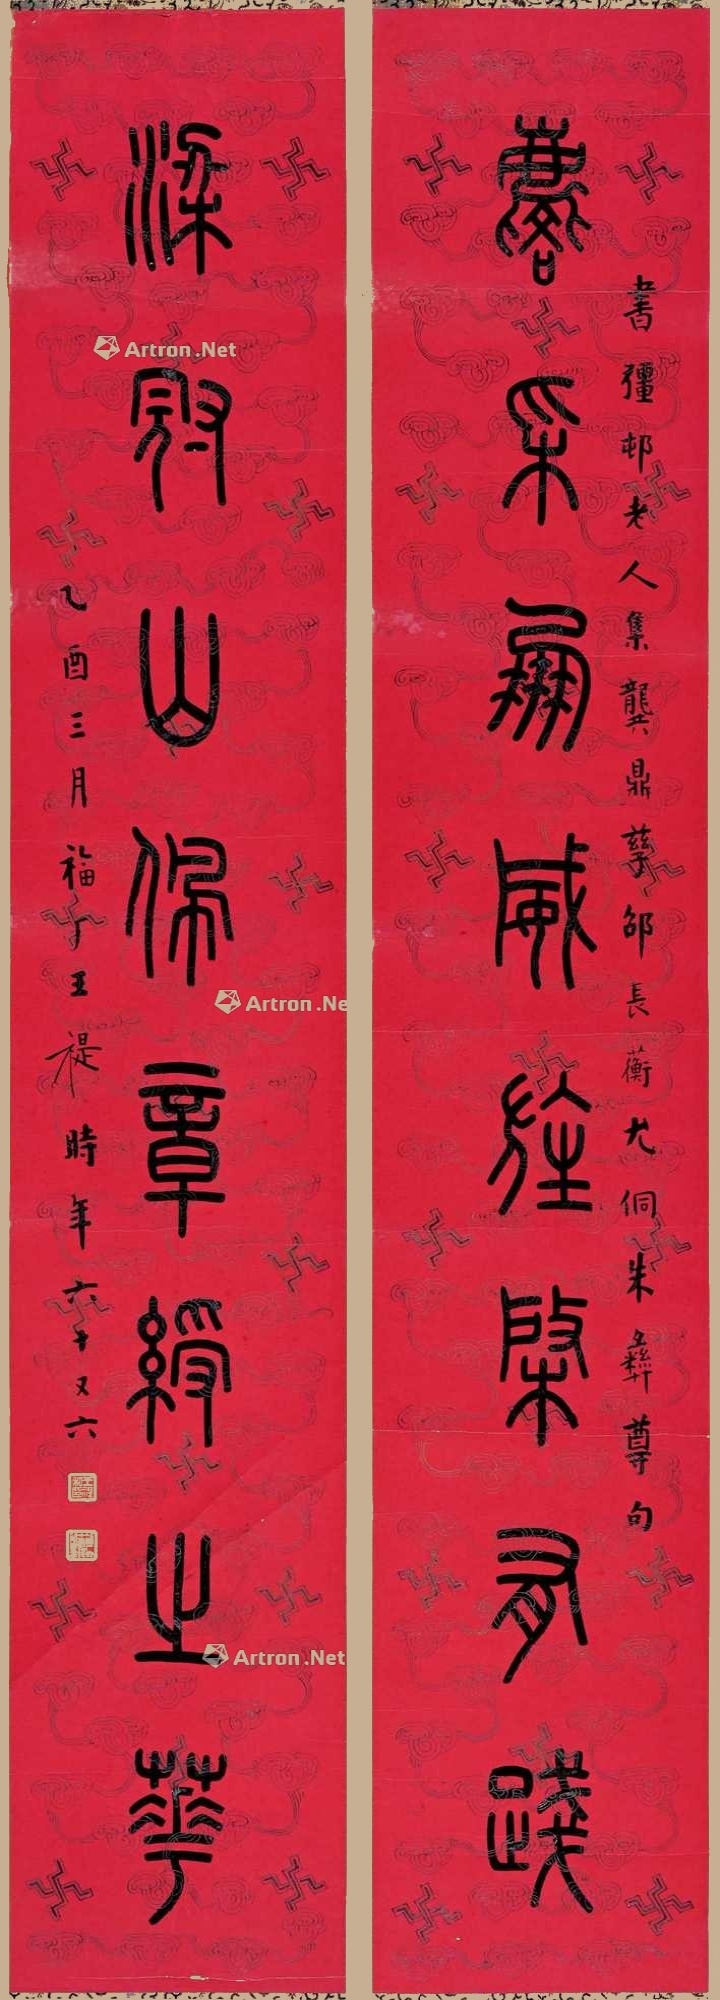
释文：麟采凤威旌棨有践，梁冠山佩章绶之华。书强邨老人集龚鼎孳邵长蘅尤侗朱彝尊句。乙酉三月，福厂王禔时年六十又六。